King Institute of Preventive Medicine Micro-Biological Section reports 1912-19
Year: 1912
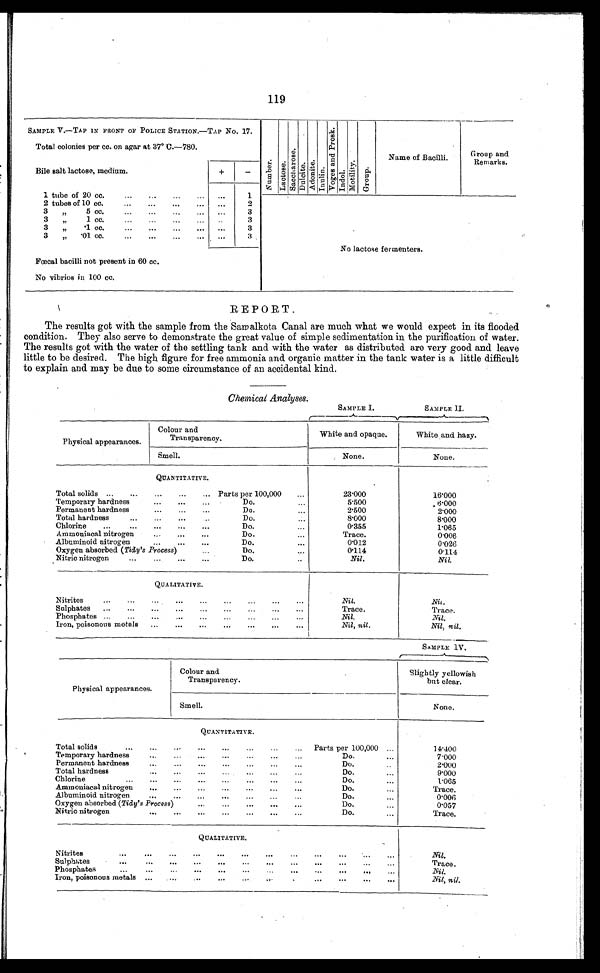
119
SAMPLE V.—TAP IN FRONT OF POLICE STATION —TAP No. 17.
N u m b e r .
L a c t o s e .
S a c c h a r o s e .
D u l c i t e . A d o n i t e . I n u l i n .
V o g e s a n d P r o s k .
I n d o l . M o t i l i t y .
G r o u p .
Name of Bacilli.
Group and
Remarks.
Total colonies per cc. on agar at 37° C.—780
Bile salt lactose, medium.
+
-
1 tube of 20 cc.
...
...
... ...
1
2 tubes of 10 cc.
...
...
...
2
No lactose fermenters.
3 „ 5 cc.
...
...
3
3
„
1 cc.
...
...
...
. . .
. . .
3
3
„
. 1
c c .
. . .
. . .
. . .
. . .
. . .
3
3
„
. 0 1
c c .
. . .
. . .
. . .
. . . ...
3
Fœcal bacilli not present in 60 cc.
No vibrios in 100 cc.
REPORT.
The results got with the sample from the Sam alkota Canal are much what we would expect in its flooded
condition. They also serve to demonstrate the great value of simple sedimentation in the purification of water.
The results got with the water of the settling tank and with the water as distributed are very good and leave
little to be desired. The high figure for free ammonia and organic matter in the tank water is a little difficult
to explain and may be due to some circumstance of an accidental kind.
Chemical Analyses.
SAMPLE I.
SAMPLE II.
Physical appearances.
Colour and
Transparency.
White and opaque.
White and hazy.
Smell.
None.
None.
QUANTITATIVE.
Total solids ...
...
...
...
... Parts per 100,000
...
23.000
16.000
Temporary hardness
...
...
...
Do.
...
5.500
6.000
Permanent hardness
... ...
...
...
Do.
...
2.500
2.000
Total hardness
...
. . .
...
Do.
...
8.000
8.000
Chlorine
...
...
...
...
...
Do.
...
0 . 3 5 5
1.065
Ammoniacal nitrogen
...
...
...
Do.
...
T r a c e .
0.006
Albuminoid nitrogen...
...
...
Do.
...
0.012
0.026
Oxygen absorbed ( Tidy's Process )
...
Do.
...
0.114
0.114
Nitric nitrogen...
...
...
...
Do.
...
Nil.
Nil.
QUALITATIVE.
Nitrites
...
...
...
...
...
...
...
...
Nil.
N i l
Sulphates ...
...
...
...
...
...
...
...
...
Trace.
Trace.
Phosphates ...
...
...
...
. . .
....
...
. . .
Nil.
Nil.
Iron, poisonous metals ...
...
.
. . .
...
. . .
. . .
. . .
Nil, nil.
Nil, nil.
SAMPLE IV.
Physical appearances.
Colour and
Transparency.
Slightly yellowish
b u t c l e a r .
Smell.
None.
QUANTITATIVE.
Total solids
...
...
...
...
...
...
...
... Parts per 100,000 ...
14.400
Temporary hardness
... ... ... ... ...
Do.
...
7.000
Permanent hardness
...
...
...
...
...
...
...
Do.
...
2.000
Total hardness
...
...
...
...
...
...
Do.
...
9.000
Chlorine
...
...
...
...
...
.....
...
Do.
...
1.065
Ammoniacal nitrogen
...
...
...
...
...
...
...
Do.
...
Trace.
Albuminoid nitrogen
...
...
...
...
...
...
...
Do.
...
0.006
Oxygen absorbed (Tidy's Process)
. ..
...
...
...
Do.
...
0.057
Nitric nitrogen
...
...
...
...
...
...
Do.
...
Trace.
QUALITATIVE.
Nitrites
...
...
...
...
...
...
...
...
...
...
...
Nil.
Sulphates
...
...
...
...
...
...
...
...
...
...
...
...
Trace.
Phosphates
...
...
...
...
...
..
...
...
. . .
Nil.
Iron, poisonous metals ...
...
...
...
...
...
...
...
... Nil, nil.